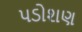
પડોશણ